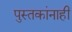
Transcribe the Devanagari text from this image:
पुस्तकांनाही